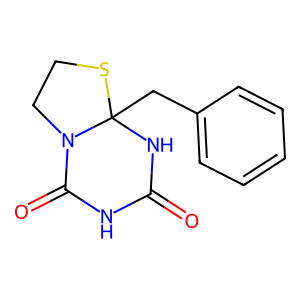
SMILES: O=C1NC(=O)N2CCSC2(Cc2ccccc2)N1
Inhibits HIV replication: No